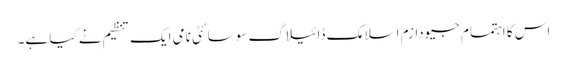
اس کا اہتمام جیودازم اسلامک ڈائیلاگ سوسائٹی نامی ایک تنظیم نے کیا ہے۔